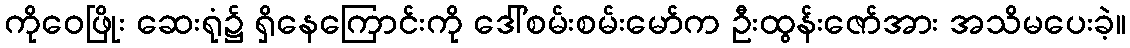
ကိုဝေဖြိုး ဆေးရုံ၌ ရှိနေကြောင်းကို ဒေါ်စမ်းစမ်းမော်က ဦးထွန်းဇော်အား အသိမပေးခဲ့။